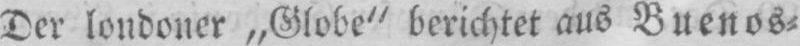
Der londoner „Globe“ berichtet aus Buenos⸗